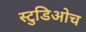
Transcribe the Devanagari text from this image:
स्टुडिओच